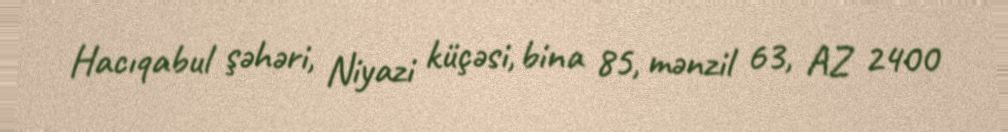
Hacıqabul şəhəri, Niyazi küçəsi, bina 85, mənzil 63, AZ 2400